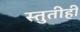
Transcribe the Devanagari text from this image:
स्तुतीही